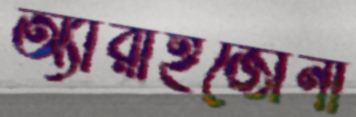
অ্যারাইজোনা